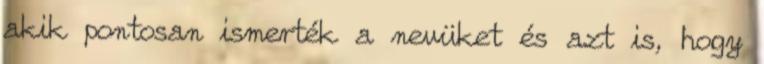
akik pontosan ismerték a nevüket és azt is, hogy